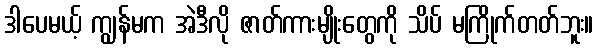
ဒါပေမယ့် ကျွန်မက အဲဒီလို ဇာတ်ကားမျိုးတွေကို သိပ် မကြိုက်တတ်ဘူး။